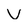
Character: V